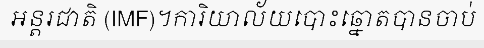
អន្តរជាតិ (IMF)។ការិយាល័យបោះឆ្នោតបានចាប់